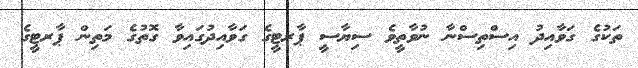
ތަކުގެ ގަވާއިދު އިސްތިސްނާ ނުވާތީވެ ސިޔާސީ ޕާރޓީގެ ގަވާއިދުގައިވާ ގޮތުގެ މަތިން ޕާރޓީގެ